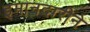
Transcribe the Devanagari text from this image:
इमानदारीने